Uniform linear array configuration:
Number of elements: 8
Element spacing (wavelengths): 0.75
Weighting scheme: exponential
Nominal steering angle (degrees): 30
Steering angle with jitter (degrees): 31.155
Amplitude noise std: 0.05
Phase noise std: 0.05

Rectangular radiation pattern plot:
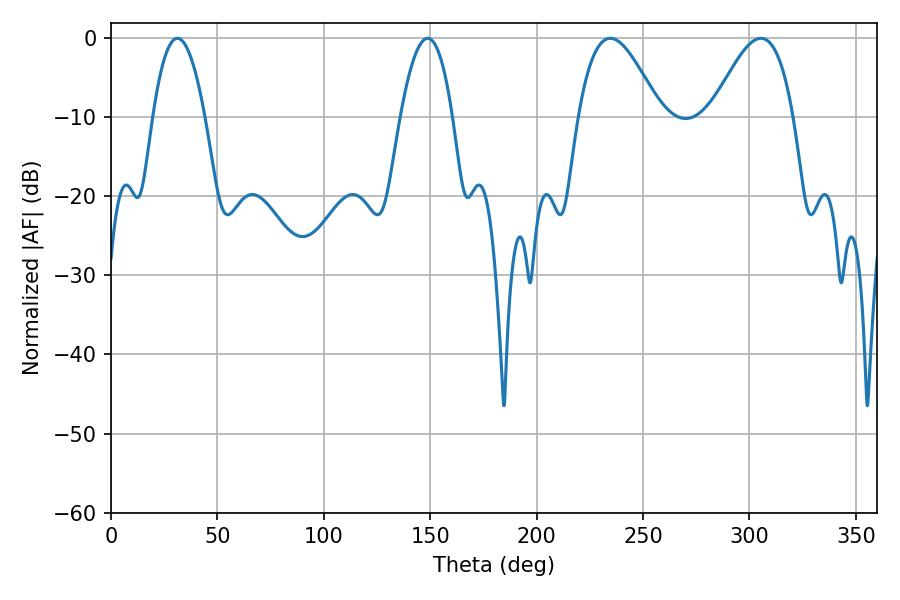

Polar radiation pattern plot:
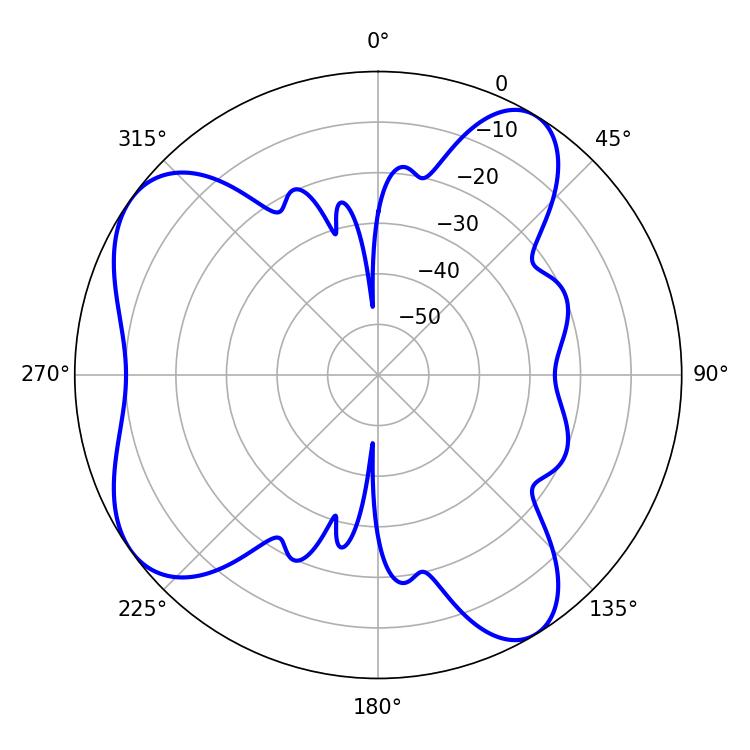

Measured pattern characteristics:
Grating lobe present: TRUE
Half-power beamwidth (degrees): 20.7
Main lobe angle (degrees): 234.54